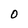
Character: O